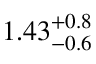
1 . 4 3 _ { - 0 . 6 } ^ { + 0 . 8 }